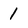
Character: 1